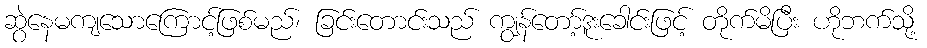
ဆွဲနေမကျသောကြောင့်ဖြစ်မည်၊ ခြင်းတောင်းသည် ကျွန်တော့်ဒူးခေါင်းဖြင့် တိုက်မိပြီး ဟိုဘက်သို့